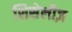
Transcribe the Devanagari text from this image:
शिसेलीज़